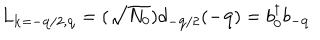
L _ { { \bf { k } } = - { \bf { q } } / 2 , { \bf { q } } } = ( \sqrt { N _ { 0 } } ) d _ { - { \bf { q } } / 2 } ( - { \bf { q } } ) = b _ { 0 } ^ { \dagger } b _ { - { \bf { q } } }